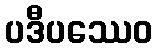
ပဒီပဿေဝ